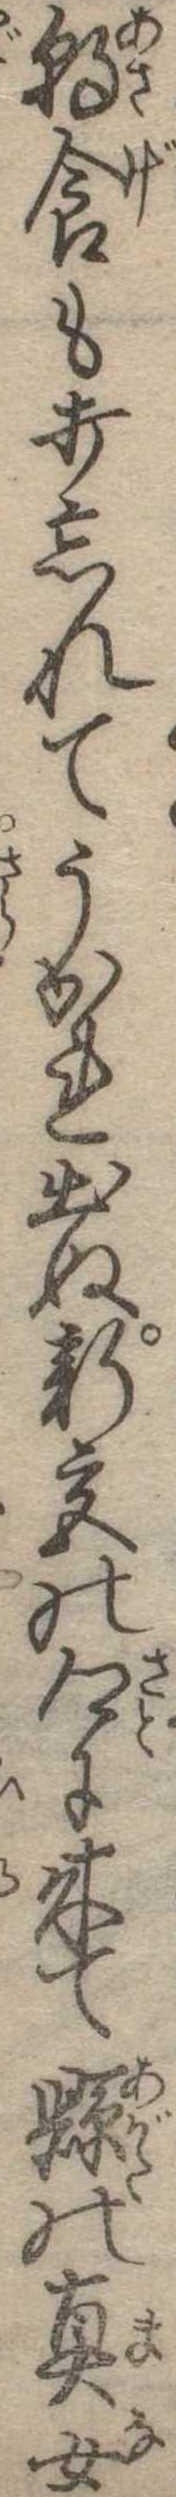
朝食も打忘れてうかれ出ぬ新宮の郷に来て県の真女